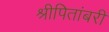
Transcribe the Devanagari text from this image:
श्रीपितांबरी